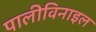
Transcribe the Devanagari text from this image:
पालीविनाइल